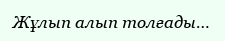
Жұлып алып толғады…